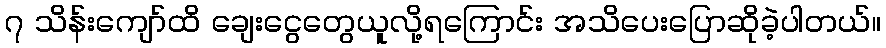
၇ သိန်းကျော်ထိ ချေးငွေတွေယူလို့ရကြောင်း အသိပေးပြောဆိုခဲ့ပါတယ်။